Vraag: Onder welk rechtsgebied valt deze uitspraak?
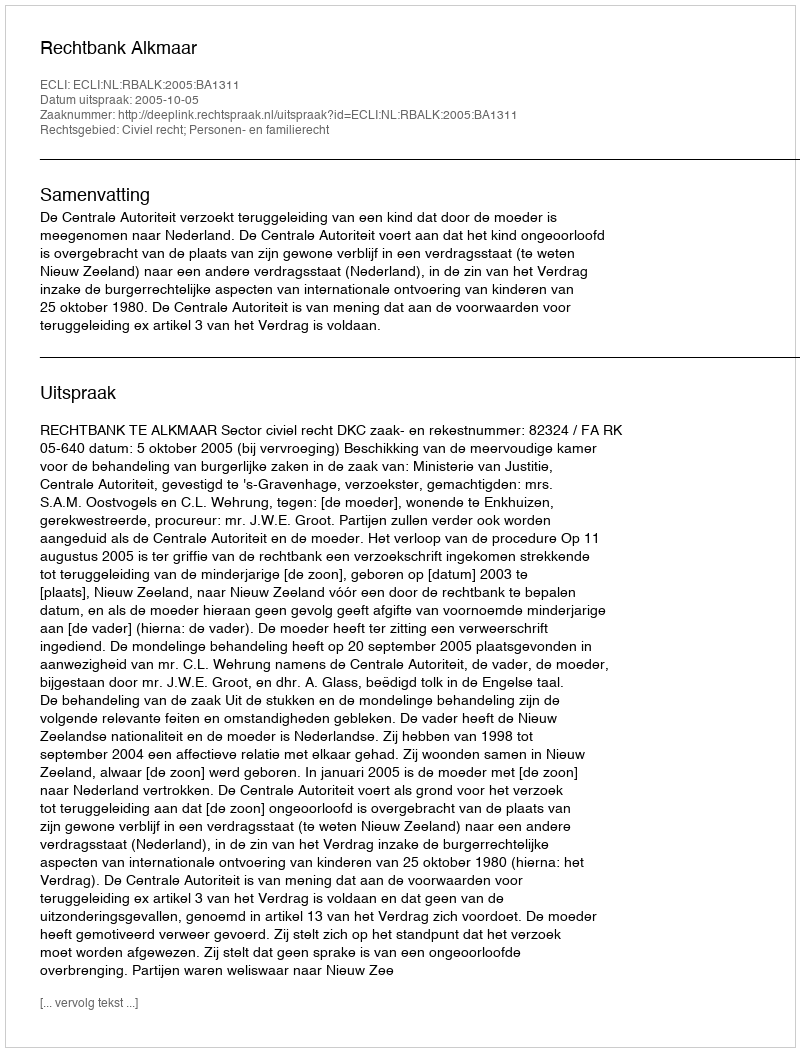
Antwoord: Civiel recht; Personen- en familierecht